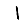
Digit: 1